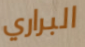
البراري